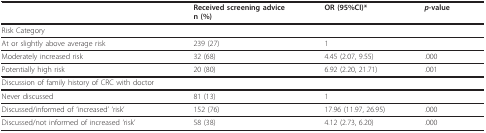
|  | Received screening advicen (%) | OR (95%CI)* | p-value |
 | --- | --- | --- | --- |
 | Risk Category |  |  |  |
 | At or slightly above average risk | 239 (27) | 1 |  |
 | Moderately increased risk | 32 (68) | 4.45 (2.07, 9.55) | .000 |
 | Potentially high risk | 20 (80) | 6.92 (2.20, 21.71) | .001 |
 | Discussion of family history of CRC with doctor |  |  |  |
 | Never discussed | 81 (13) | 1 |  |
 | Discussed/informed of 'increased' 'risk' | 152 (76) | 17.96 (11.97, 26.95) | .000 |
 | Discussed/not informed of increased 'risk' | 58 (38) | 4.12 (2.73, 6.20) | .000 |